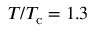
T / T _ { \mathrm { c } } = 1 . 3